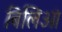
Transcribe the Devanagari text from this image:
बिलिओं